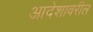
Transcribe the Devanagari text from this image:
आदेशावरील